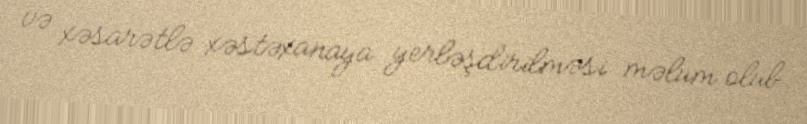
və xəsarətlə xəstəxanaya yerləşdirilməsi məlum olub.